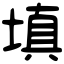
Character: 填